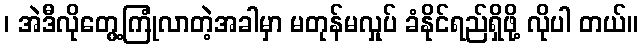
၊ အဲဒီလိုတွေ့ကြုံလာတဲ့အခါမှာ မတုန်မလှုပ် ခံနိုင်ရည်ရှိဖို့ လိုပါ တယ်။